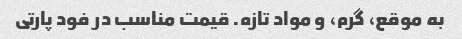
به موقع، گرم، و مواد تازه. قیمت مناسب در فود پارتی